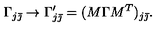
\Gamma _ { j \bar { \jmath } } \rightarrow \Gamma _ { j \bar { \jmath } } ^ { \prime } = ( M \Gamma M ^ { T } ) _ { j \bar { \jmath } } .